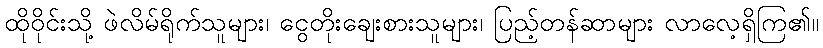
ထိုဝိုင်းသို့ ဖဲလိမ်ရိုက်သူများ၊ ငွေတိုးချေးစားသူများ၊ ပြည့်တန်ဆာများ လာလေ့ရှိကြ၏။